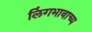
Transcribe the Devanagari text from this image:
लिंगभावाच्य